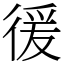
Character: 㣪